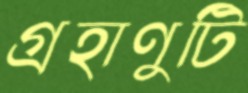
গ্রহাণুটি